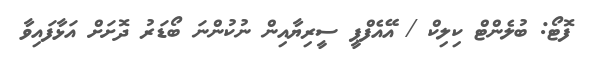
ފޮޓޯ: ބުލެންޓް ކިލިކް / އޭއެފްޕީ ސީރިޔާއިން ނުކުންނަ ބޯޑަރު ދޮށަށް އަޅާފައިވާ